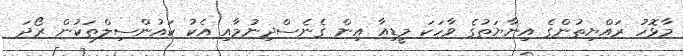
މާޅޮހު ރައްޔިތުންގެ އިނާޔަތުގެ ވާހަކަ މީޑިއާ އިން ގެނެސްދިނުމާއި އެކު ކައުންސިލްތަކުން ރޯދަ